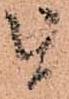
を